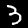
Digit: 3